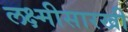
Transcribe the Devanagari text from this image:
लक्ष्मीसारखी